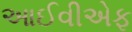
આઈવીએફ